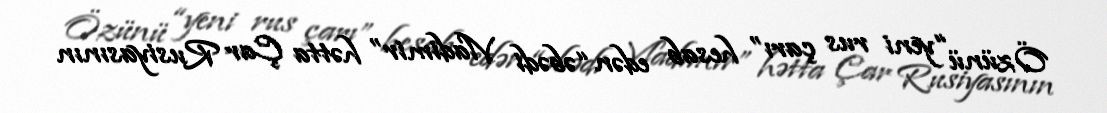
Özünü “yeni rus çarı” hesab edən “əbədi Vladimir” hətta Çar Rusiyasının